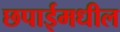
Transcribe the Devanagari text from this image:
छपाईमधील